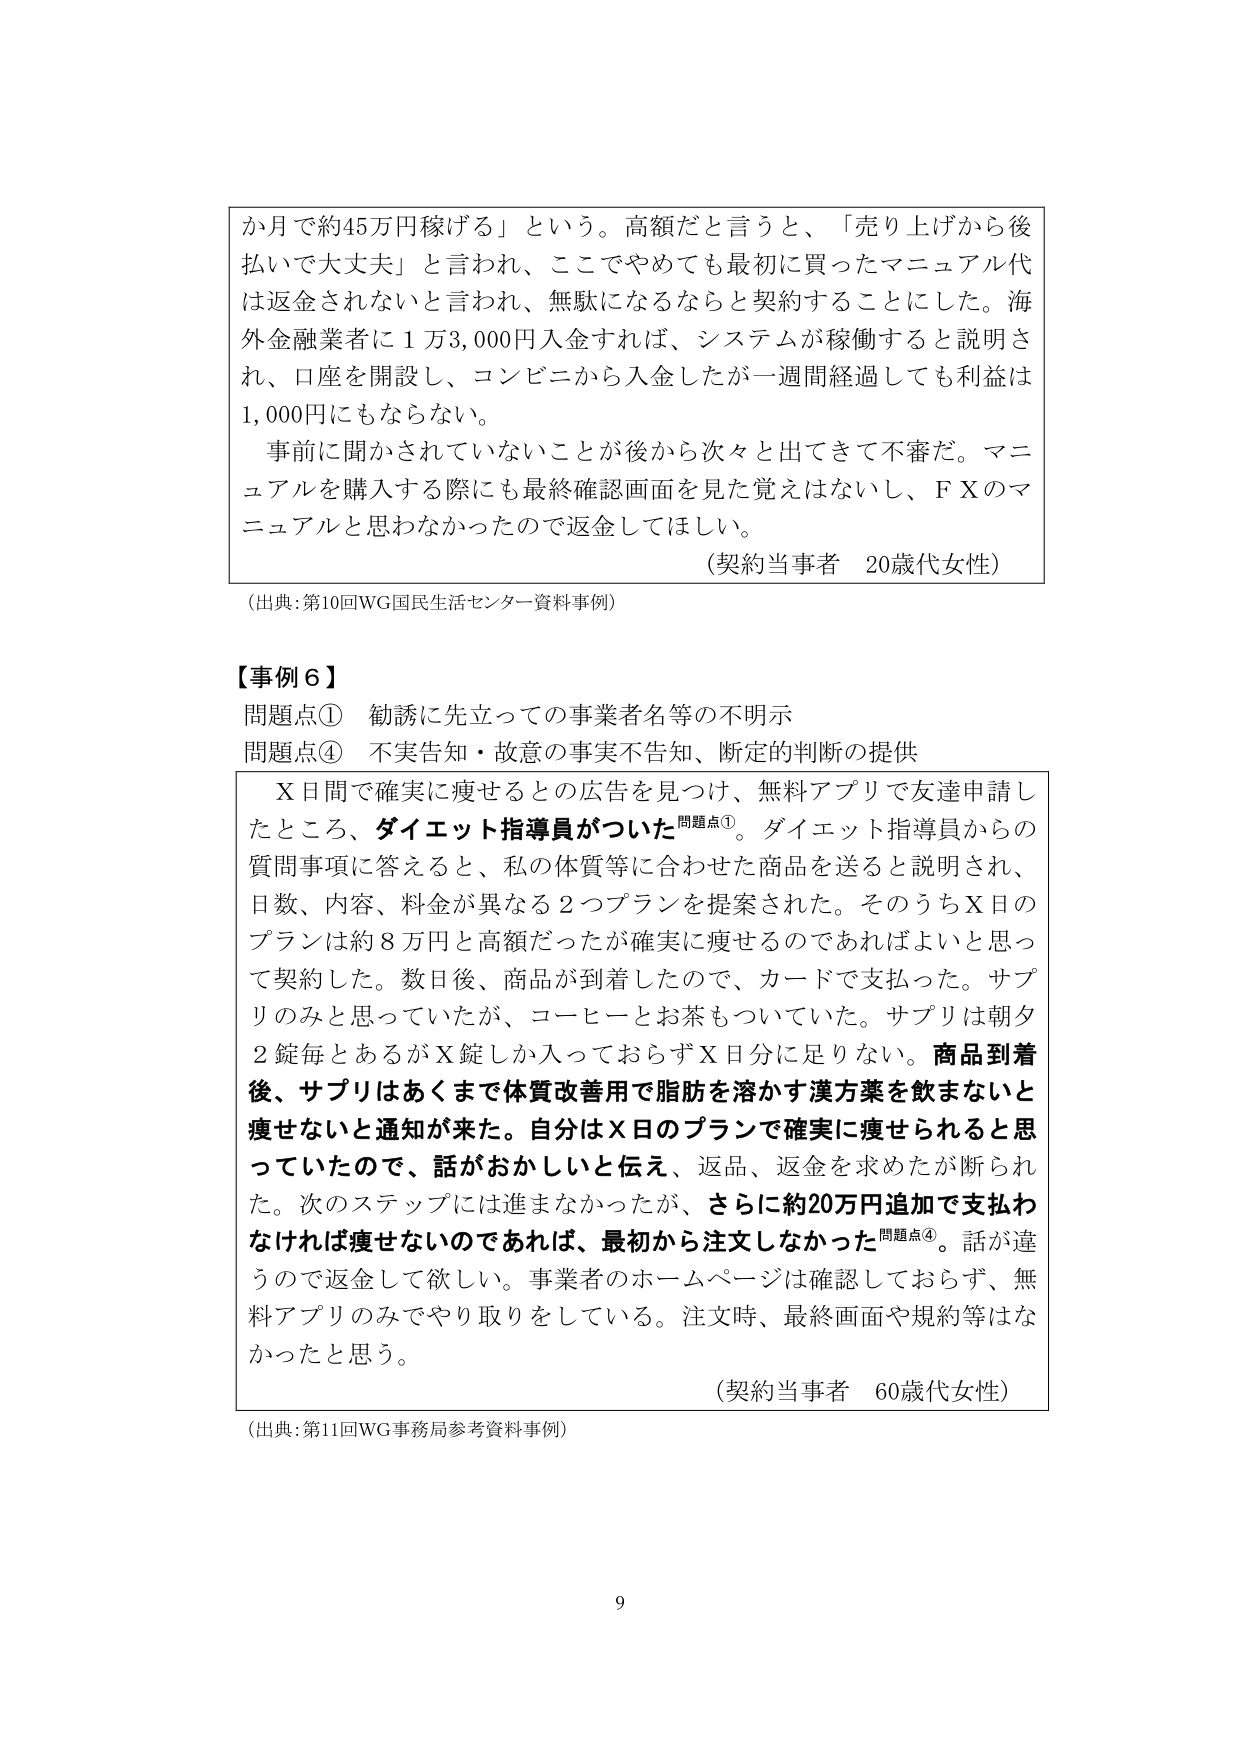
か月で約45万円稼げる」という。高額だと言うと、「売り上げから後払いであ大夫」と言われ、ここでやめても最初に買ったマニュアル代は返金されないと言われ、無駄になるならと契約することにした。海外金融業者に1万3,000円入金すれば、システムが稼働すると説明され、口座を開設し、コンビニから入金したが一週間経過しても利益は1,000円にもならない。

事前に聞かされていないことが後から次々と出てきて不審だ。マニュアルを購入する際にも最終確認画面を見た覚えはないし、ＦＸのマニュアルと思わなかったので返金してほしい。

（契約当事者　20歳代女性）

（出典：第10回WG国民生活センター資料事例）

【事例6】

問題点①　勧誘に先立っての事業者名等の不明示
問題点④　不実告知・故意の事実不告知、断定的判断の提供

Ｘ日間で確実に痩せるとの広告を見つけ、無料アプリで友達申請したところ、ダイエット指導員がついた問題点①。ダイエット指導員からの質問事項に答えると、私の体質等に合わせた商品を送ると説明され、日数、内容、料金が異なる2つプランを提案された。そのうちＸ日のプランは約8万円と高額だったが確実に痩せるのであればよいと思って契約した。数日後、商品が到着したので、カードで支払った。サプリのみと思っていたが、コーヒーとお茶もついていた。サプリは朝夕2錠毎とあるがＸ錠しか入っておらずＸ日分に足りない。商品到着後、サプリはあくまで体質改善用で脂肪を溶かす漢方薬を飲まないと痩せないと通知が来た。自分はＸ日のプランで確実に痩せられると思っていたので、話がおかしいと伝え、返品、返金を求めたが断られた。次のステップには進まなかったが、さらに約20万円追加で支払わなければ痩せないのであれば、最初から注文しなかった問題点④。話が違うので返金して欲しい。事業者のホームページは確認しておらず、無料アプリのみでやり取りをしている。注文時、最終画面や規約等はなかったと思う。

（契約当事者　60歳代女性）

（出典：第11回WG事務局参考資料事例）

9